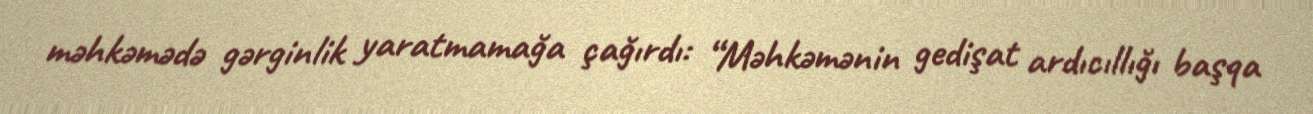
məhkəmədə gərginlik yaratmamağa çağırdı: “Məhkəmənin gedişat ardıcıllığı başqa